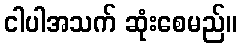
ငါပါအသက် ဆုံးစေမည်။